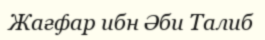
Жағфар ибн Әби Талиб